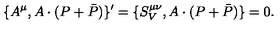
\{ A ^ { \mu } , A \cdot ( P + \bar { P } ) \} ^ { \prime } = \{ S _ { V } ^ { \mu \nu } , A \cdot ( P + \bar { P } ) \} = 0 .